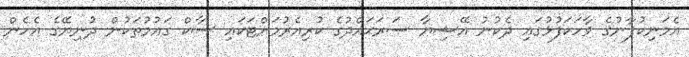
އެމަނިކުފާނުގެ ވާހަކަފުޅުގައި ދެކުނު އޭޝިޔާ ސަރަޙައްދުގެ ކުރިއެރުމަށްޓަކައި ސާކް ގައުމުތަކުން ދުނިޔޭގެ އެހެން